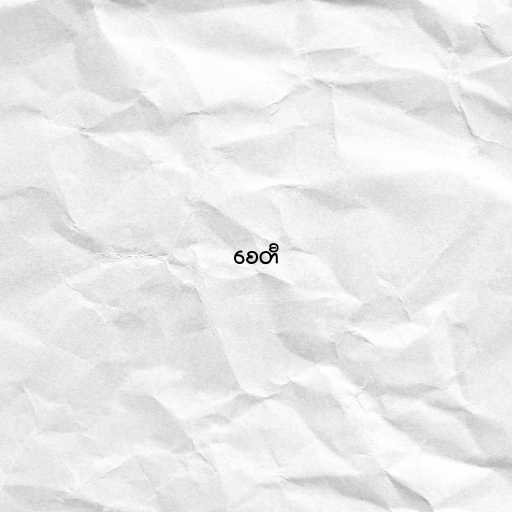
စေတီ